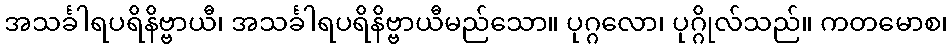
အသင်္ခါရပရိနိဗ္ဗာယီ၊ အသင်္ခါရပရိနိဗ္ဗာယီမည်သော။ ပုဂ္ဂလော၊ ပုဂ္ဂိုလ်သည်။ ကတမောစ၊